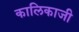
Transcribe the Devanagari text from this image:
कालिकाजी